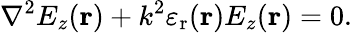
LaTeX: \nabla^{2}E_{z}(\mathbf{r})+k^{2}\mathbf{\varepsilon}_{\mathrm{r}}(\mathbf{r})E_{z}(\mathbf{r})=0.